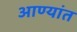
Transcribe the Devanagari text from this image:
आण्यांत